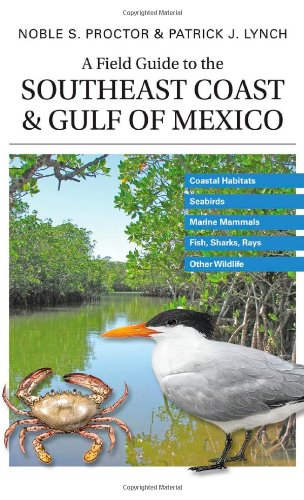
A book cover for A Field Guide to the Southeast Coast & Gulf of Mexico: Coastal Habitats, Seabirds, Marine Mammals, Fish, & Other Wildlife; Noble S. Proctor; Science & Math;